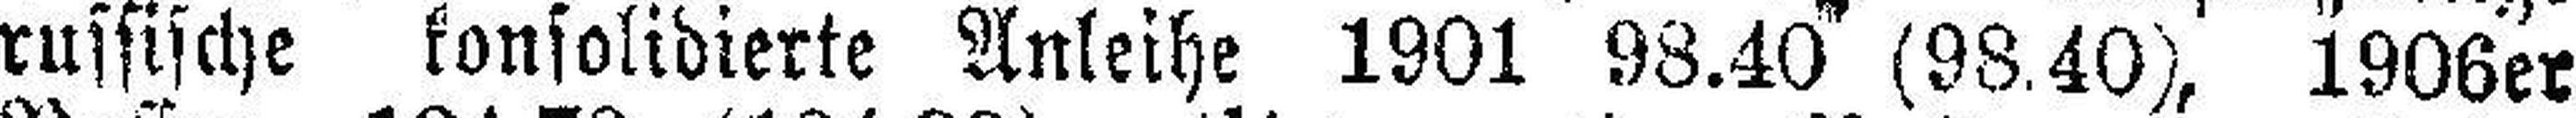
russische konsolidierte Anleihe 1901 98.40 (98.40), 1906er